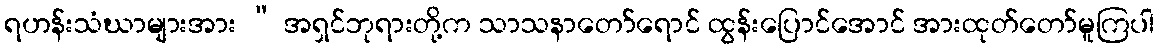
ရဟန်းသံဃာများအား “ အရှင်ဘုရားတို့က သာသနာတော်ရောင် ထွန်းပြောင်အောင် အားထုတ်တော်မူကြပါ